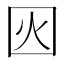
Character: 𡇂